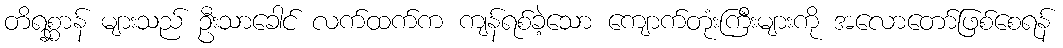
တိရစ္ဆာန် များသည် ဦးသာခေါင် လက်ထက်က ကျန်ရစ်ခဲ့သော ကျောက်တုံးကြီးများကို အလောတော်ဖြစ်စေရန်